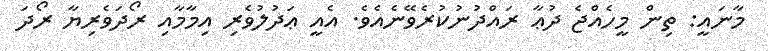
މާނައީ: ތިން މީހެއްޖެ ދުޢާ ރައްދުނުކުރެވޭނެއެވެ. އެއީ ޢަދުލުވެރި އިމާމާއި ރޯދަވެރިޔާ ރޯދަ